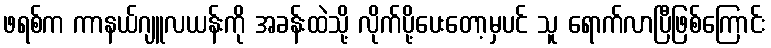
ဖရစ်က ကာနယ်ဂျူလယန်းကို အခန်းထဲသို့ လိုက်ပို့ပေးတော့မှပင် သူ ရောက်လာပြီဖြစ်ကြောင်း